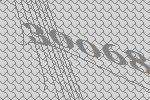
30068